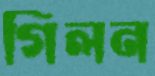
গিলন